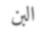
البن